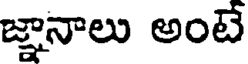
జ్ఞానాలు అంటే